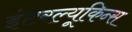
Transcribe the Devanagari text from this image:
इंटरल्यूकिन्स